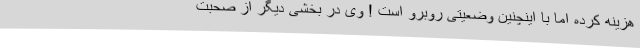
هزینه کرده اما با اینچنین وضعیتی روبرو است ! وی در بخشی دیگر از صحبت